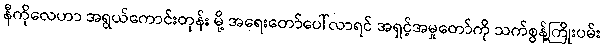
နီကိုလေဟာ အရွယ်ကောင်းတုန်း မို့ အရေးတော်ပေါ်လာရင် အရှင့်အမှုတော်ကို သက်စွန့်ကြိုးပမ်း